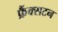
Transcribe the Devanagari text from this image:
फ्रैंक्सटन